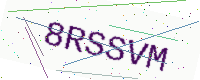
Text: 8RSSVM